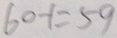
6 0 - 1 = 5 9